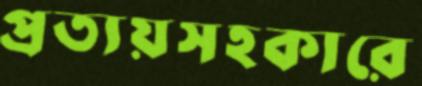
প্রত্যয়সহকারে